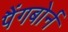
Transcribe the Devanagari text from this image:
पैंगबोर्न